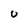
Character: u